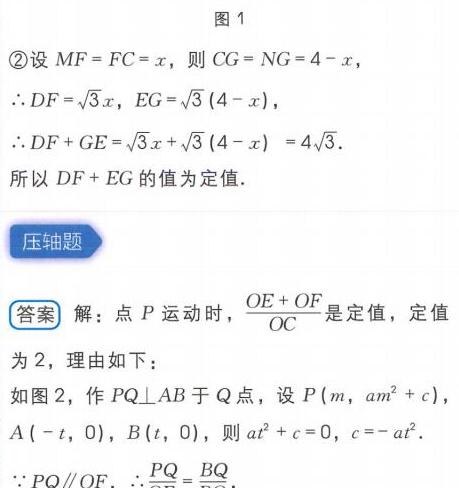
图1
\textcircled{2}设 \(MF = FC = x\)，则 \(CG = NG = 4 - x\)，
\(\therefore DF=\sqrt{3}x\)，\(EG=\sqrt{3}(4 - x)\)，
\(\therefore DF + GE=\sqrt{3}x+\sqrt{3}(4 - x)=4\sqrt{3}\).
所以 \(DF + EG\) 的值为定值.
压轴题
答案 解：点 \(P\) 运动时，\(\frac{OE + OF}{OC}\) 是定值，定值
为 \(2\)，理由如下：
如图2，作 \(PQ\perp AB\) 于 \(Q\) 点，设 \(P(m,am^{2}+c)\)，
\(A(-t,0)\)，\(B(t,0)\)，则 \(at^{2}+c = 0\)，\(c=-at^{2}\).
\(\because PQ\parallel OF\)，\(\therefore\frac{PQ}{BQ}=\frac{OF}{OB}\).